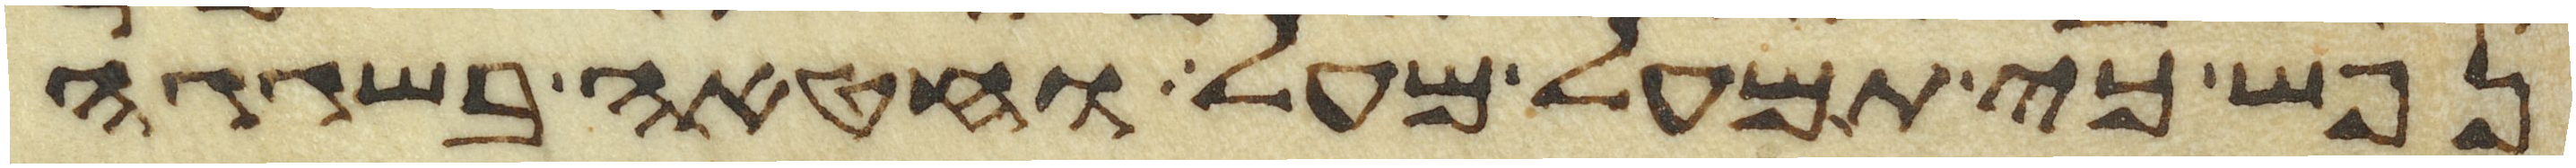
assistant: נפש כי תמעל מעל וחטאה בשגגה